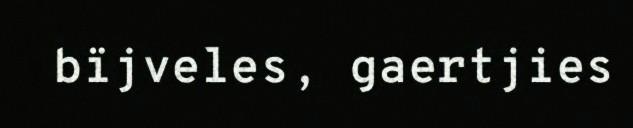
bïjveles, gaertjies